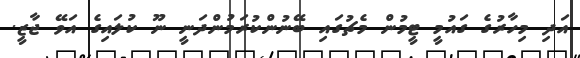
އަދި މިހާރުގެ ގައުމީ ޓީމުން މެޗުގައި ބޭނުންކުރަމުންދަނީ ނޫ ކުލައިގެ އަވޭ ޖާޒީ.